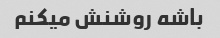
باشه روشنش میکنم